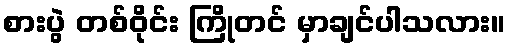
စားပွဲ တစ်ဝိုင်း ကြိုတင် မှာချင်ပါသလား။